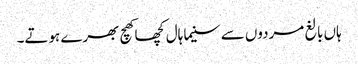
ہاں بالغ مردوں سے سنیما ہال کچھا کھچ بھرے ہوتے۔